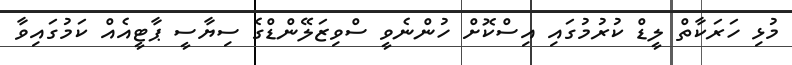
މުޅި ހަރަކާތް ލީޑް ކުރުމުގައި އިސްކޮށް ހުންނެވީ ސްވިޒަލޭންޑްގެ ސިޔާސީ ޕާޓީއެއް ކަމުގައިވާ